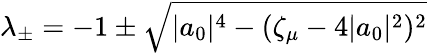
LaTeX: \begin{array}{r}{\lambda_{\pm}=-1\pm\sqrt{|a_{0}|^{4}-(\zeta_{\mu}-4|a_{0}|^{2})^{2}}}\end{array}